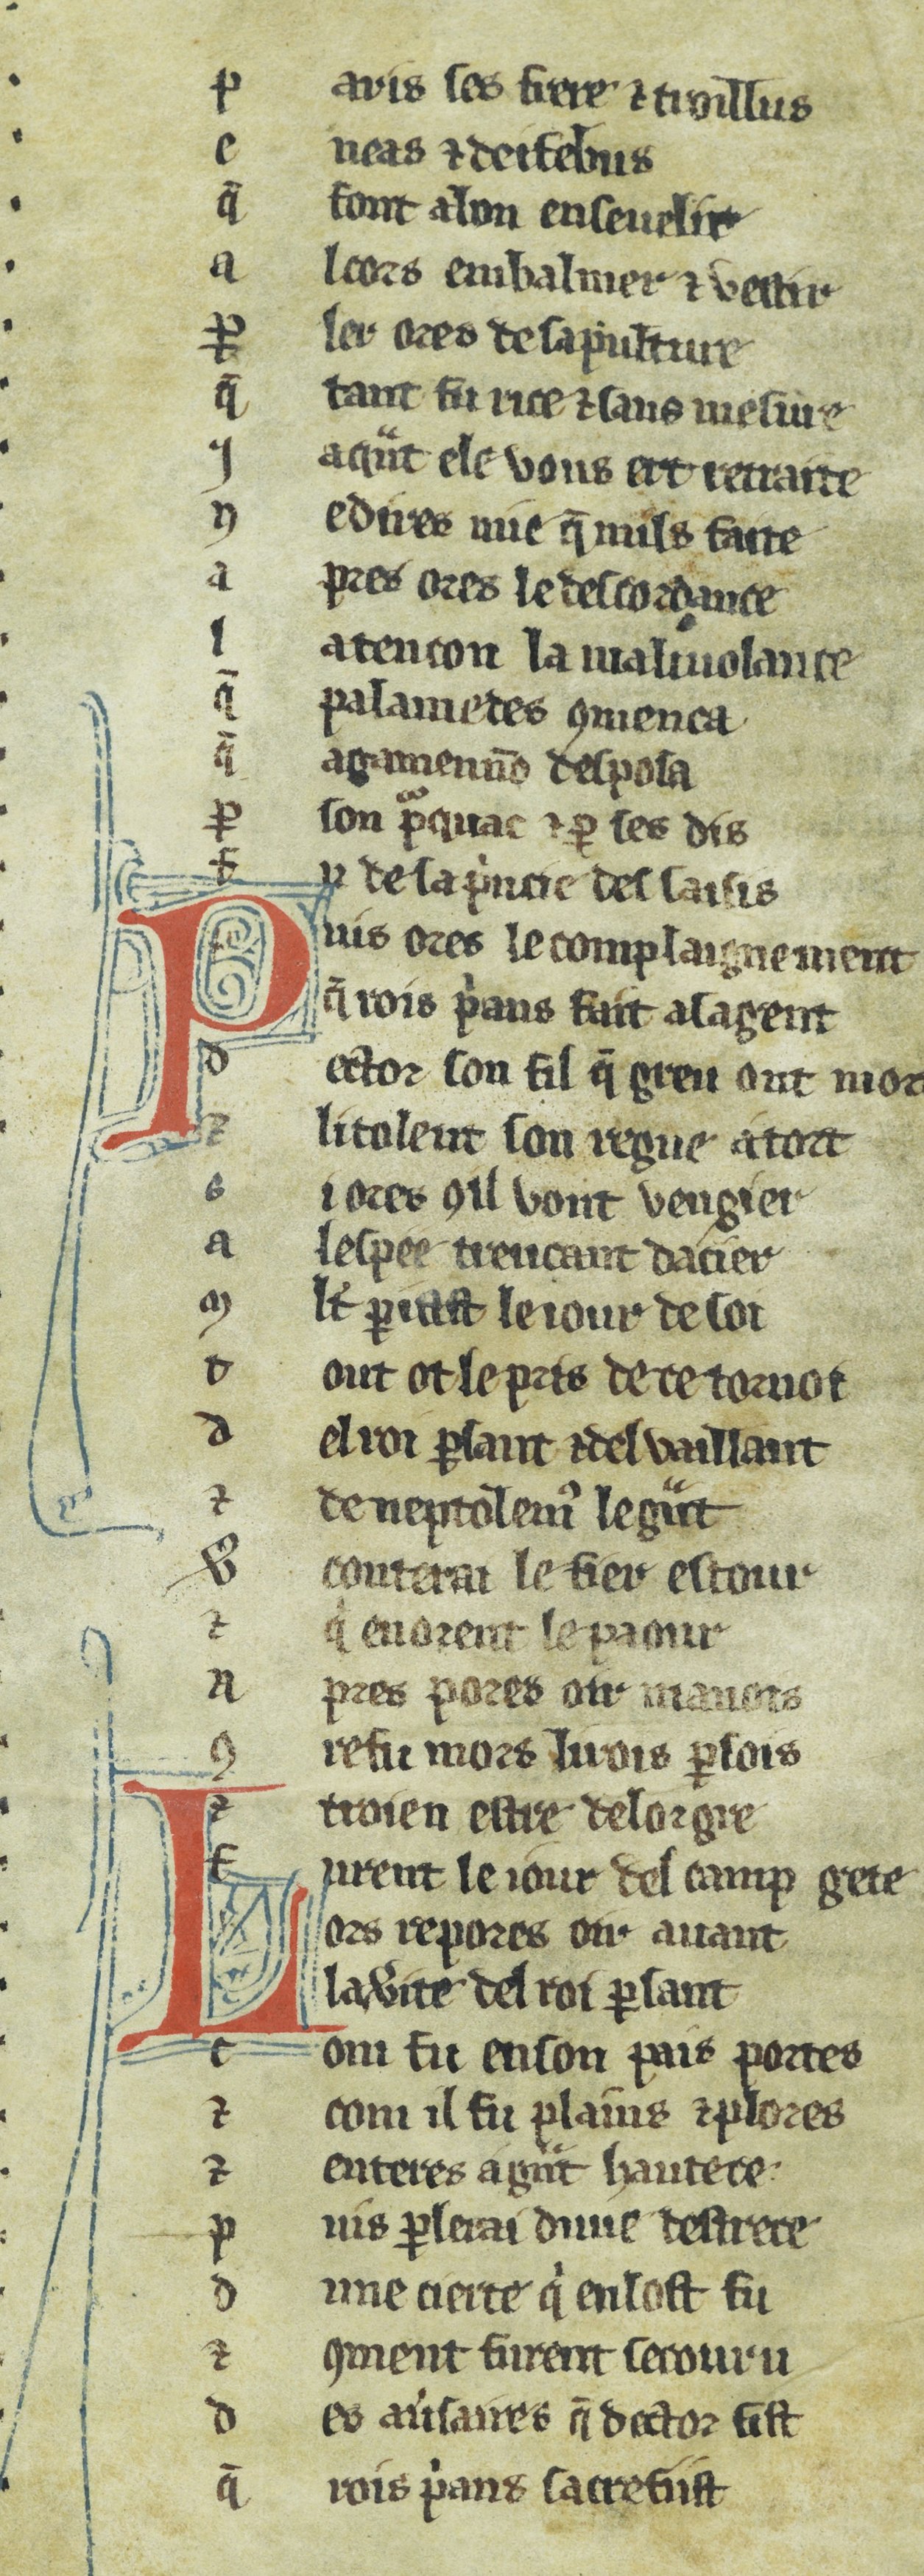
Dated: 1270–1299